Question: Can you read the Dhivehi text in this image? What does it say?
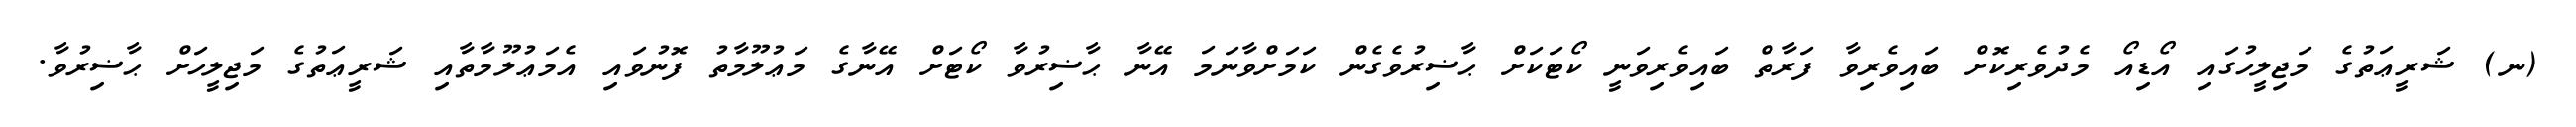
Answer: (ނ) ޝަރީޢަތުގެ މަޖިލީހުގައި އޯޑިއޯ މެދުވެރިކޮށް ބައިވެރިވާ ފަރާތް ބައިވެރިވަނީ ކޯޓަކަށް ޙާޟިރުވެގެން ކަމަށްވާނަމަ އޭނާ ޙާޟިރުވާ ކޯޓަށް އޭނާގެ މަޢުލޫމާތު ފޮނުވައި އެމަޢުލޫމާތާއި ޝަރީޢަތުގެ މަޖިލީހަށް ޙާޟިރުވާ.